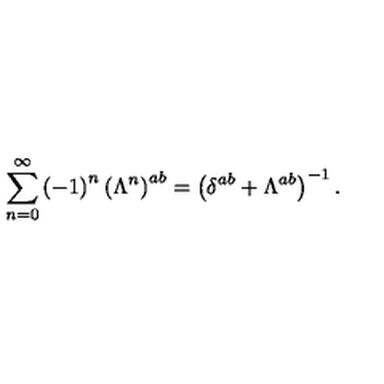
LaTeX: \sum _ { n = 0 } ^ { \infty } \left( - 1 \right) ^ { n } \left( \Lambda ^ { n } \right) ^ { a b } = \left( \delta ^ { a b } + \Lambda ^ { a b } \right) ^ { - 1 } .